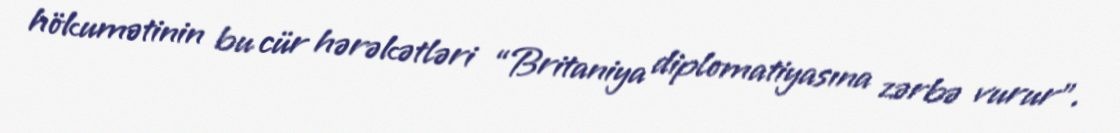
hökumətinin bu cür hərəkətləri “Britaniya diplomatiyasına zərbə vurur”.